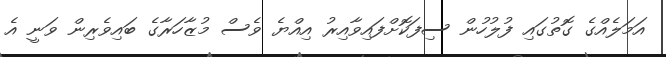
އަމަލެއްގެ ގޮތުގައި ފުލުހުން ސިފަކޮށްފައިވާއިރު އިއްޔެ ވެސް މުޒާހަރާގެ ބައިވެރިން ވަނީ އެ